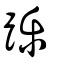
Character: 躒